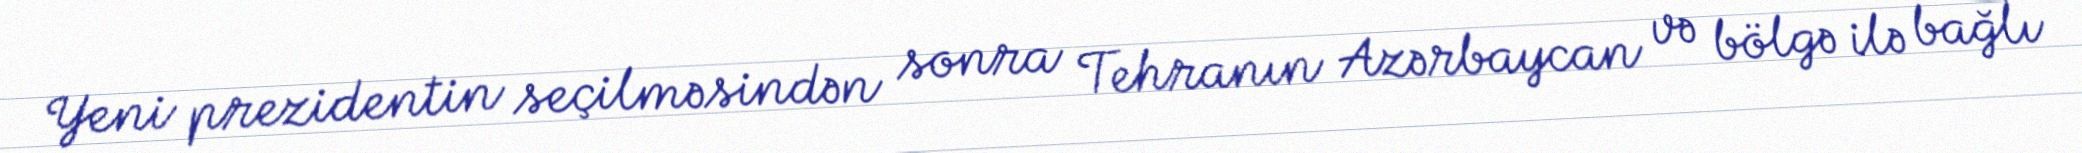
Yeni prezidentin seçilməsindən sonra Tehranın Azərbaycan və bölgə ilə bağlı